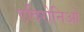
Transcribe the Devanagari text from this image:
एदिरोनिओ